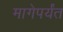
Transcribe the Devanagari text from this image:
मागेपर्यंत